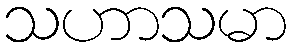
သဟာသမာ